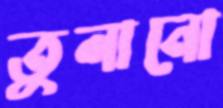
তুলানো